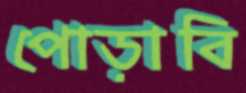
পোড়াবি